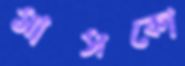
মাসকো